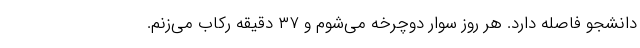
دانشجو فاصله دارد. هر روز سوار دوچرخه می‌شوم و ۳۷ دقیقه رکاب می‌زنم.